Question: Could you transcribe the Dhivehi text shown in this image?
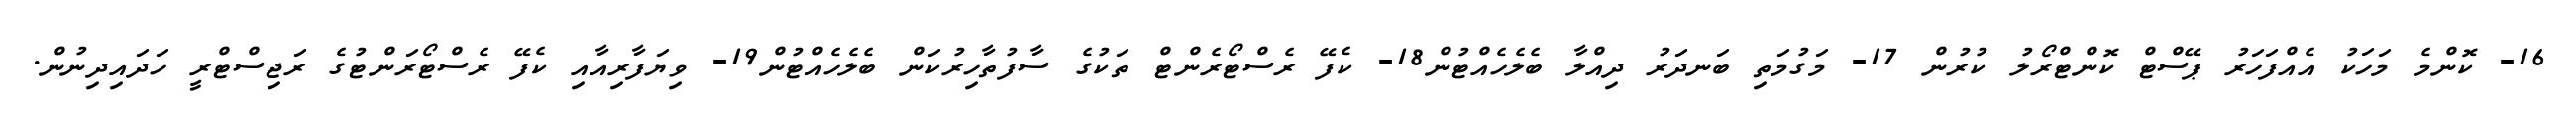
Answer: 16- ކޮންމެ މަހަކު އެއްފަހަރު ޕޭސްޓް ކޮންޓްރޯލު ކުރުން 17- މަގުމަތި ބަނދަރު ދިއްލާ ބެލެހެއްޓުން18- ކެފޭ ރެސްޓޯރެންޓް ތަކުގެ ސާފުތާހިރުކަން ބެލެހެއްޓުން19- ވިޔަފާރިއާއި ކެފޭ ރެސްޓޯރަންޓުގެ ރަޖިސްޓްރީ ހަދައިދިނުން.